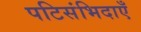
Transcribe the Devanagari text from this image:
पटिसंभिदाएँ